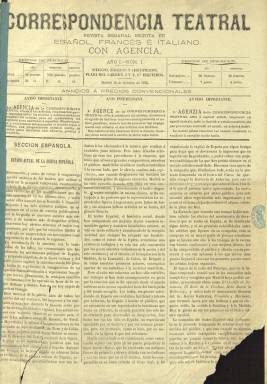
Título: Correspondencia teatral
Colección: Teatro
Ámbito geográfico: Madrid
Lugar de publicación: Madrid
Fechas: 18/10/1873-01/04/1875

Con el subtítulo “revista semanal escrita en español, francés e italiano”, comienza a publicarse el 18 de octubre de 1873, en entregas de ocho páginas (algunas serán de cuatro y hasta de dos páginas cuando se publique fuera de temporada) y compuesta a tres columnas, como publicación dedicada íntegramente al mundo del teatro y la música (ópera, zarzuela, conciertos, etc.), tanto de los espectáculos que se ofrecen en Madrid como en otras provincias españolas, así como en Europa. También es órgano de la agencia de teatros del mismo nombre, dedicada a representar y poner en contacto con los empresarios a actores, actrices y artistas, entre estos los de ópera y declamación de todas las provincias de España. La revista se estructura en dos grandes secciones, la española y la extranjera, y esta última en francesa e italiana, apareciendo en estas dos traducidos los textos en sus respectivos idiomas. A partir del once de enero de 1874, añadirá también las secciones inglesa y alemana. Publica también artículos de fondo, como el dedicado al estado de la escena española.

En su primera parte, tendrá una sección bajo el epígrafe Revista de teatros, en la que ofrecerá crónicas y críticas de las obras representadas en el Teatro Nacional de la Ópera, así como en los teatros Español, Real, Eslava, Zarzuela, Apolo, Circo o Romea. En la sección Noticias generales incluye noticias varias de la actividad teatral, subdividida en nacionales y extranjeras, y en la de Galería artística, perfiles biográficos de compositores, autores y artistas célebres. También tiene una sección literaria, dedicada a textos de este carácter, generalmente poemas y cantares y publica, asimismo, charadas, dedicando la última plana a insertar anuncios comerciales. Asimismo ofrecerá una relación de los actores, actrices, cantantes, directores de orquesta o bailarines adscritos y disponibles por la agencia, y llega a publicar en el faldón de la primera página un folletín.

A partir del 15 de octubre de 1874, añade a su título el artículo “la” y modifica el subtítulo, siendo ahora “revista semanal de literatura, artes, teatros y anuncios: ilustrada con retratos y grabados”, es compuesta a tres columnas y aparecerá los días 1, 8, 15 y 23 de cada mes. En su primera página inserta, generalmente, el retrato de un o una artista, perteneciente a su sección Apuntes biográficos, además de seguir publicando algunos textos en distintos idiomas para “satisfacer las exigencias de los suscriptores en el extranjero”.  A partir de este número también aparece indicado en su cabecera el nombre de su director: Enrique Hiráldez de Acosta, perteneciente al cuerpo facultativo de archiveros y colaborador de la prensa taurina, cuya firma ya venía apareciendo en las secciones Revista de teatros y Revista musical. Otras firmas bajo sus textos son las de E. Ayustante, J. Carpani y S.F. de la C., así como los seudónimos Fausto y El Clarín.

El uno de febrero de 1875, la agencia del periódico queda refundida con la del Centro Directivo de Teatros, propiedad de Berzosa y Compañía. El último número de la colección de este título en la Biblioteca Nacional de España es el 55, correspondiente al uno de abril de 1875, una entrega dedicada al espectáculo de la tauromaquia y con un grabado de la plaza de toros inaugurada en la calle Goya, de Madrid, el mismo que utiliza en su cabecera El Toreo (1874-1927), la publicación que nace como suplemento de Correspondencia teatral, y que se convertirá, ya como revista independiente, en la decana de la prensa taurina española a comienzos del siglo veinte, y cuya colección también forma parte de la Hemeroteca Digital de la BNE.